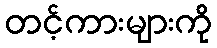
တင့်ကားများကို